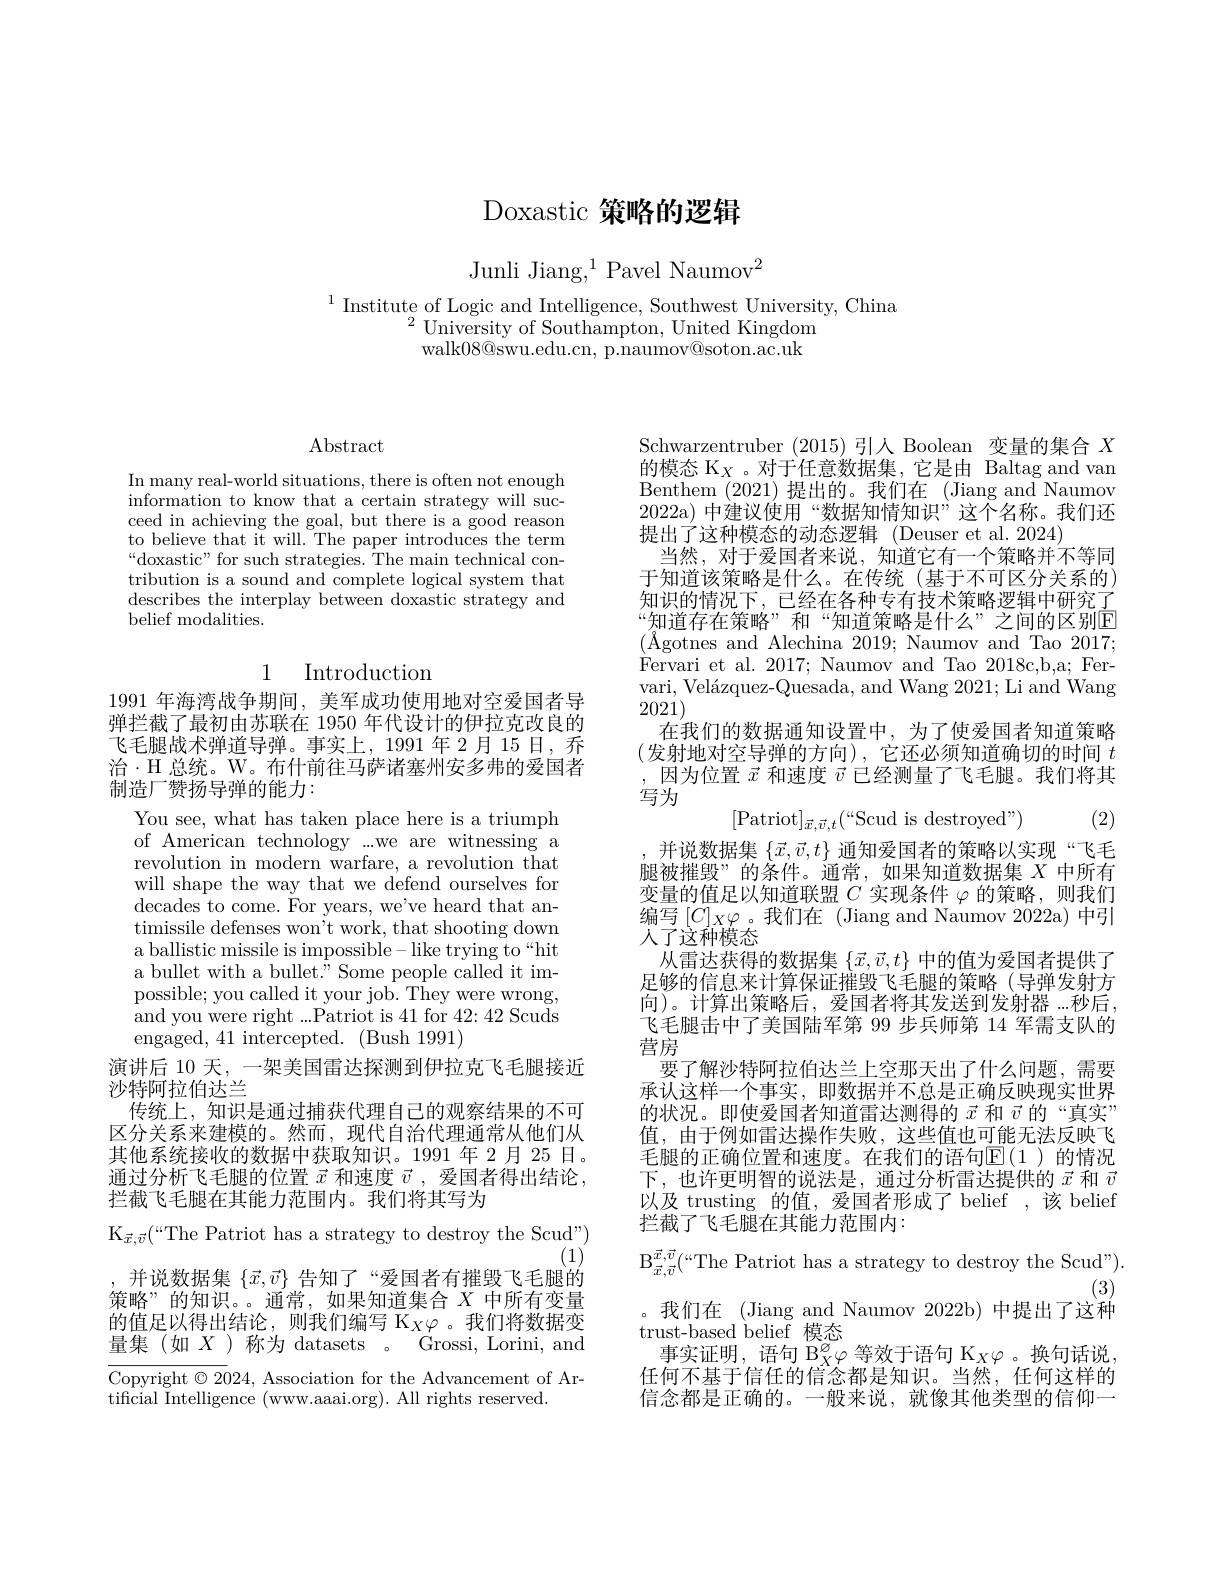
# Doxastic 策略的逻辑

Junli Jiang,$^1$Pavel Naumov$^2$

$^{1}$ Institute of Logic and Intelligence, Southwest University, China
$^{2}$University of Southampton, United Kingdom
walk08@swu.edu.cn, p.naumov@soton.ac.uk

$\operatorname{Abstract}$

In many real-world situations, there is often not enough information to know that a certain strategy will succeed in achieving the goal, but there is a good reason to believe that it will. The paper introduces the term “doxastic" for such strategies. The main technical contribution is a sound and complete logical system that describes the interplay between doxastic strategy and belief modalities.

# 1 Introduction

1991 年海湾战争期间，美军成功使用地对空爱国者导弹拦截了最初由苏联在 1950 年代设计的伊拉克改良的飞毛腿战术弹道导弹。事实上，1991年2月15日，乔治·H 总统。W。布什前往马萨诸塞州安多弗的爱国者制造厂赞扬导弹的能力：

You see, what has taken place here is a triumph of American technology ...we are witnessing a revolution in modern warfare, a revolution that will shape the way that we defend ourselves for decades to come. For years, we've heard that antimissile defenses won't work, that shooting down a ballistic missile is impossible- like trying to“hit a bullet with a bullet." Some people called it impossible; you called it your job. They were wrong, and you were right ...Patriot is 41 for 42: 42 Scuds engaged, 41 intercepted. (Bush 1991)
演讲后 10 天，一架美国雷达探测到伊拉克飞毛腿接近
沙特阿拉伯达兰
传统上，知识是通过捕获代理自己的观察结果的不可区分关系来建模的。然而，现代自治代理通常从他们从其他系统接收的数据中获取知识。1991年2月25日。通过分析飞毛腿的位置$\vec{x}$和速度$\vec{v}$,爱国者得出结论， 拦截飞毛腿在其能力范围内。我们将其写为
$\mathrm{K}_{\vec{x},\vec{v}}($The Patriot has a strategy to destroy the Scud")
$(1)^{\prime}$
并说数据集$\{\vec{x},\vec{v}\}$告知了“爱国者有摧毁飞毛腿的策略”的知识。。通常，如果知道集合$X$中所有变量的值足以得出结论，则我们编写$\mathcal{K}_X\varphi$。我们将数据变量集(如$X$ )称为 datasets 。Grossi, Lorini, and

Copyright $\odot2024$, Association for the Advancement of Ar-

tificial Intelligence (www.aaai.org). All rights reserved.

Schwarzentruber (2015)引人 Boolean 变量的集合$X$ 的模态$\mathcal{K}_X$ 。对于任意数据集，它是由 Baltag and van Benthem (2021)提出的。我们在(Jiang and Naumov 2022a)中建议使用“数据知情知识”这个名称。我们还提出了这种模态的动态逻辑 (Deuser et al.2024)
当然，对于爱国者来说，知道它有一个策略并不等同于知道该策略是什么。在传统(基于不可区分关系的) 知识的情况下，已经在各种专有技术策略逻辑中研究了“知道存在策略”和“知道策略是什么”之间的区别E (Xgotnes and Alechina 2019; Naumov and Tao 2017; Fervari et al. 2017; Naumov and Tao 2018c,b,a; Fervari, Velázquez-Quesada, and Wang 2021;Li and Wang 2021)
在我们的数据通知设置中，为了使爱国者知道策略(发射地对空导弹的方向),它还必须知道确切的时间 $t$ ,因为位置$\vec{x}$和速度$\vec{v}$已经测量了飞毛腿。我们将其写为
$$[\text{Patriot}]_{\vec{x},\vec{v},t}(“\text{Scud is destroyed"})$$
(2)

并说数据集$\{\vec{x},\vec{v},t\}$通知爱国者的策略以实现“飞毛腿被摧毁”的条件。通常，如果知道数据集$X$中所有变量的值足以知道联盟$C$实现条件$\varphi$的策略，则我们编写$[C]_X\varphi$ 。我们在 (Jiang and Naumov 2022a) 中引人了这种模态
从雷达获得的数据集$\{\vec{x},\vec{v},t\}$中的值为爱国者提供了足够的信息来计算保证摧毁飞毛腿的策略(导弹发射方向)。计算出策略后，爱国者将其发送到发射器...秒后， 飞毛腿击中了美国陆军第 99 步兵师第 14 军需支队的营房
要了解沙特阿拉伯达兰上空那天出了什么问题，需要承认这样一个事实，即数据并不总是正确反映现实世界的状况。即使爱国者知道雷达测得的$\vec{x}$和$\vec{v}$的“真实” 值，由于例如雷达操作失败，这些值也可能无法反映飞毛腿的正确位置和速度。在我们的语句$\mathbb{E}(1$)的情况下，也许更明智的说法是，通过分析雷达提供的$\vec{x}$和$\vec{v}$ 以及 trusting 的值，爱国者形成了 belief ,该 belief 拦截了飞毛腿在其能力范围内：
$\mathrm{B}_{\vec{x},\vec{v}}($The Patriot has a strategy to destroy the Scud").
(3)
。我们在 (Jiang and Naumov 2022b) 中提出了这种
trust-based belief 模态
事实证明，语句$\mathrm{B}_X^{\varnothing}\varphi$等效于语句$\mathrm{K}_X\varphi$ 。换句话说任何不基于信任的信念都是知识。当然，任何这样的信念都是正确的。一般来说，就像其他类型的信仰一